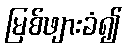
မြစ်ဖျားခံ၍